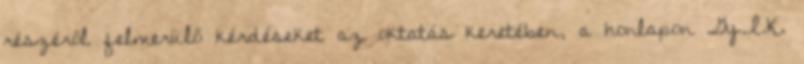
részéről felmerülő kérdéseket az oktatás keretében, a honlapon Gy.I.K.